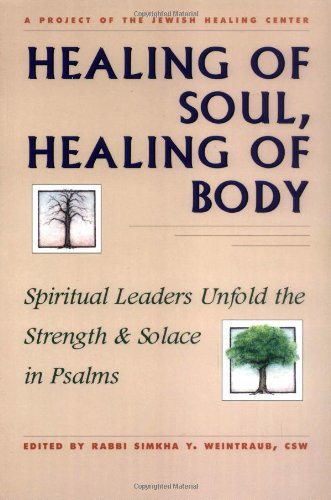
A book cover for Healing of Soul, Healing of Body: Spiritual Leaders Unfold the Strength & Solace in Psalms; Humor & Entertainment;